Vaccine operations Central Provinces 1886-1899 - 1886-1899
Year: 1886
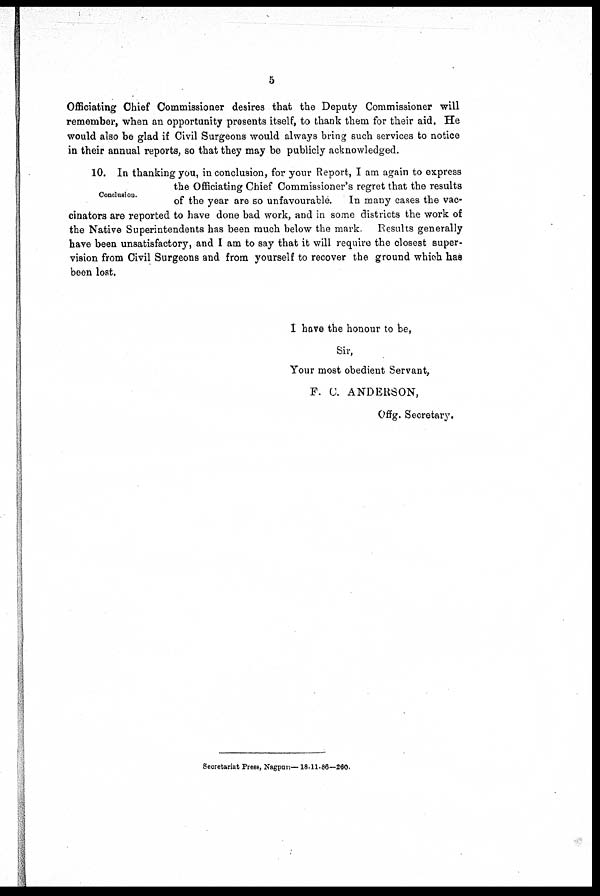
5
Officiating Chief Commissioner desires that the Deputy Commissioner will
remember, when an opportunity presents itself, to thank them for their aid. He
would also be glad if Civil Surgeons would always bring such services to notice
in their annual reports, so that they may be publicly acknowledged.
Conclusion.
10. In thanking you, in conclusion, for your Report, I am again to express
the Officiating Chief Commissioner's regret that the results
of the year are so unfavourable.
In many cases the vac-
cinators are reported to have done bad work, and in some districts the work of
the Native Superintendents has been much below the mark. Results generally
have been unsatisfactory, and I am to say that it will require the closest super-
vision from Civil Surgeons and from yourself to recover the ground which has
been lost.
I have the honour to be,
Sir,
Your most obedient Servant,
F. C. ANDERSON,
Offg. Secretary.